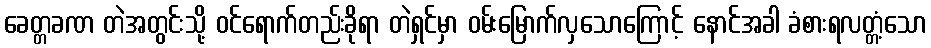
ခေတ္တခဏ တဲအတွင်းသို့ ဝင်ရောက်တည်းခိုရာ တဲရှင်မှာ ဝမ်းမြောက်လှသောကြောင့် နောင်အခါ ခံစားရလတ္တံ့သော